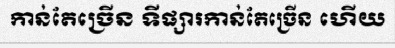
កាន់តែច្រើន ទីផ្សារកាន់តែច្រើន ហើយ